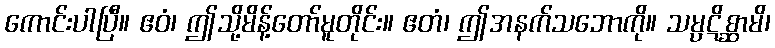
ကောင်းပါပြီ။ ဧဝံ၊ ဤသို့မိန့်တော်မူတိုင်း။ ဧတံ၊ ဤအနက်သဘောကို။ သမ္ပဋိစ္ဆာမိ၊